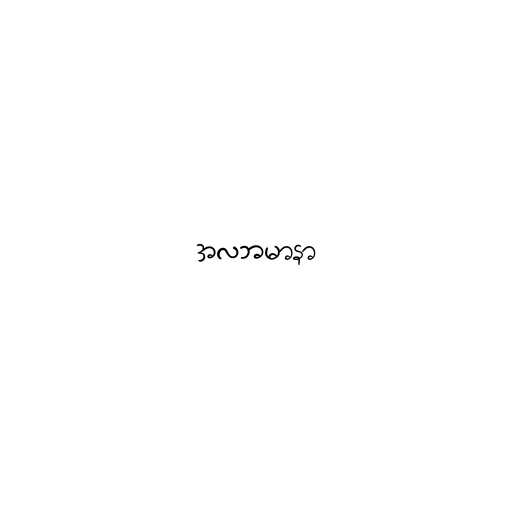
အလဘမာနာ